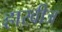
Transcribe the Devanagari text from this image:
हारवीज